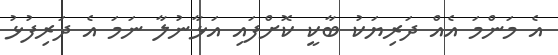
އެ މަންމަ އެއް ދަރިޔަކު ބާކީ ކޮށްފައި އަޅާނުލާ ނަމަ އެ ދަރިފުޅު